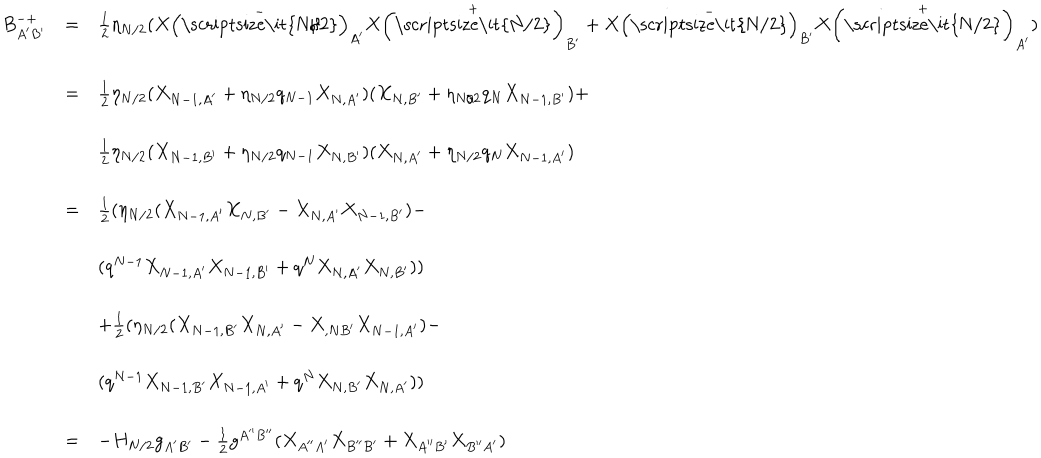
\begin{array} { l c l } { { B _ { A ^ { \prime } B ^ { \prime } } ^ { - + } } } & { { = } } & { { \frac { 1 } { 2 } \eta _ { N / 2 } ( X \left( \stackrel { - } { \mathrm { \scriptsize \it { N / 2 } } } \right) _ { A ^ { \prime } } X \left( \stackrel { + } { \mathrm { \scriptsize \it { N / 2 } } } \right) _ { B ^ { \prime } } + X \left( \stackrel { - } { \mathrm { \scriptsize \it { N / 2 } } } \right) _ { B ^ { \prime } } X \left( \stackrel { + } { \mathrm { \scriptsize \it { N / 2 } } } \right) _ { A ^ { \prime } } ) } } \\ { { } } & { { } } & { { } } \\ { { } } & { { = } } & { { \frac { 1 } { 2 } \eta _ { N / 2 } ( X _ { N - 1 , A ^ { \prime } } + \eta _ { N / 2 } q _ { N - 1 } X _ { N , A ^ { \prime } } ) ( X _ { N , B ^ { \prime } } + \eta _ { N / 2 } q _ { N } X _ { N - 1 , B ^ { \prime } } ) + } } \\ { { } } & { { } } & { { } } \\ { { } } & { { } } & { { \frac { 1 } { 2 } \eta _ { N / 2 } ( X _ { N - 1 , B ^ { \prime } } + \eta _ { N / 2 } q _ { N - 1 } X _ { N , B ^ { \prime } } ) ( X _ { N , A ^ { \prime } } + \eta _ { N / 2 } q _ { N } X _ { N - 1 , A ^ { \prime } } ) } } \\ { { } } & { { } } & { { } } \\ { { } } & { { = } } & { { \frac { 1 } { 2 } ( \eta _ { N / 2 } ( X _ { N - 1 , A ^ { \prime } } X _ { N , B ^ { \prime } } - X _ { N , A ^ { \prime } } X _ { N - 1 , B ^ { \prime } } ) - } } \\ { { } } & { { } } & { { } } \\ { { } } & { { } } & { { ( q ^ { N - 1 } X _ { N - 1 , A ^ { \prime } } X _ { N - 1 , B ^ { \prime } } + q ^ { N } X _ { N , A ^ { \prime } } X _ { N , B ^ { \prime } } ) ) } } \\ { { } } & { { } } & { { } } \\ { { } } & { { } } & { { + \frac { 1 } { 2 } ( \eta _ { N / 2 } ( X _ { N - 1 , B ^ { \prime } } X _ { N , A ^ { \prime } } - X _ { , N B ^ { \prime } } X _ { N - 1 , A ^ { \prime } } ) - } } \\ { { } } & { { } } & { { } } \\ { { } } & { { } } & { { ( q ^ { N - 1 } X _ { N - 1 , B ^ { \prime } } X _ { N - 1 , A ^ { \prime } } + q ^ { N } X _ { N , B ^ { \prime } } X _ { N , A ^ { \prime } } ) ) } } \\ { { } } & { { } } & { { } } \\ { { } } & { { = } } & { { - H _ { N / 2 } g _ { A ^ { \prime } B ^ { \prime } } - \frac { 1 } { 2 } g ^ { A ^ { \prime \prime } B ^ { \prime \prime } } ( X _ { A ^ { \prime \prime } A ^ { \prime } } X _ { B ^ { \prime \prime } B ^ { \prime } } + X _ { A ^ { \prime \prime } B ^ { \prime } } X _ { B ^ { \prime \prime } A ^ { \prime } } ) } } \\ \end{array}